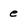
Character: e